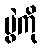
ပွဲကို